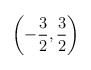
\begin{align*}\left( -\frac{3}{2},\frac{3}{2}\right) \protect\end{align*}